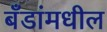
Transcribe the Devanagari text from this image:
बँडांमधील